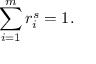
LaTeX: \sum _ { i = 1 } ^ { m } r _ { i } ^ { s } = 1 .